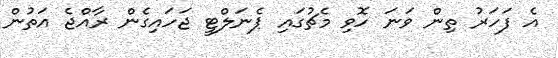
އެ ފަހަރު ތިން ވަނަ ހޮވި މެޗުގައި ޕެނަލްޓީ ޖަހައިގެން ރާއްޖެ އަތުން